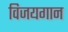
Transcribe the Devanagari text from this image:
विजयगान